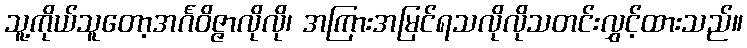
သူ့ကိုယ်သူတော့အင်္ဂဝိဇ္ဇာလိုလို၊ အကြားအမြင်ရသလိုလိုသတင်းလွှင့်ထားသည်။